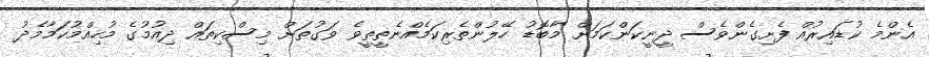
އެންމެ ކުޑައިރުއް ފެށިގެންވެސް ދީނީކަންކަމަށް މާބޮޑު ހޭލުންތެރިކަމެއްނެތީތީވެ ވަގުތަށް މިސްކިތައް ދިއުމުގެ މުހިއްމުކަމާމެދު